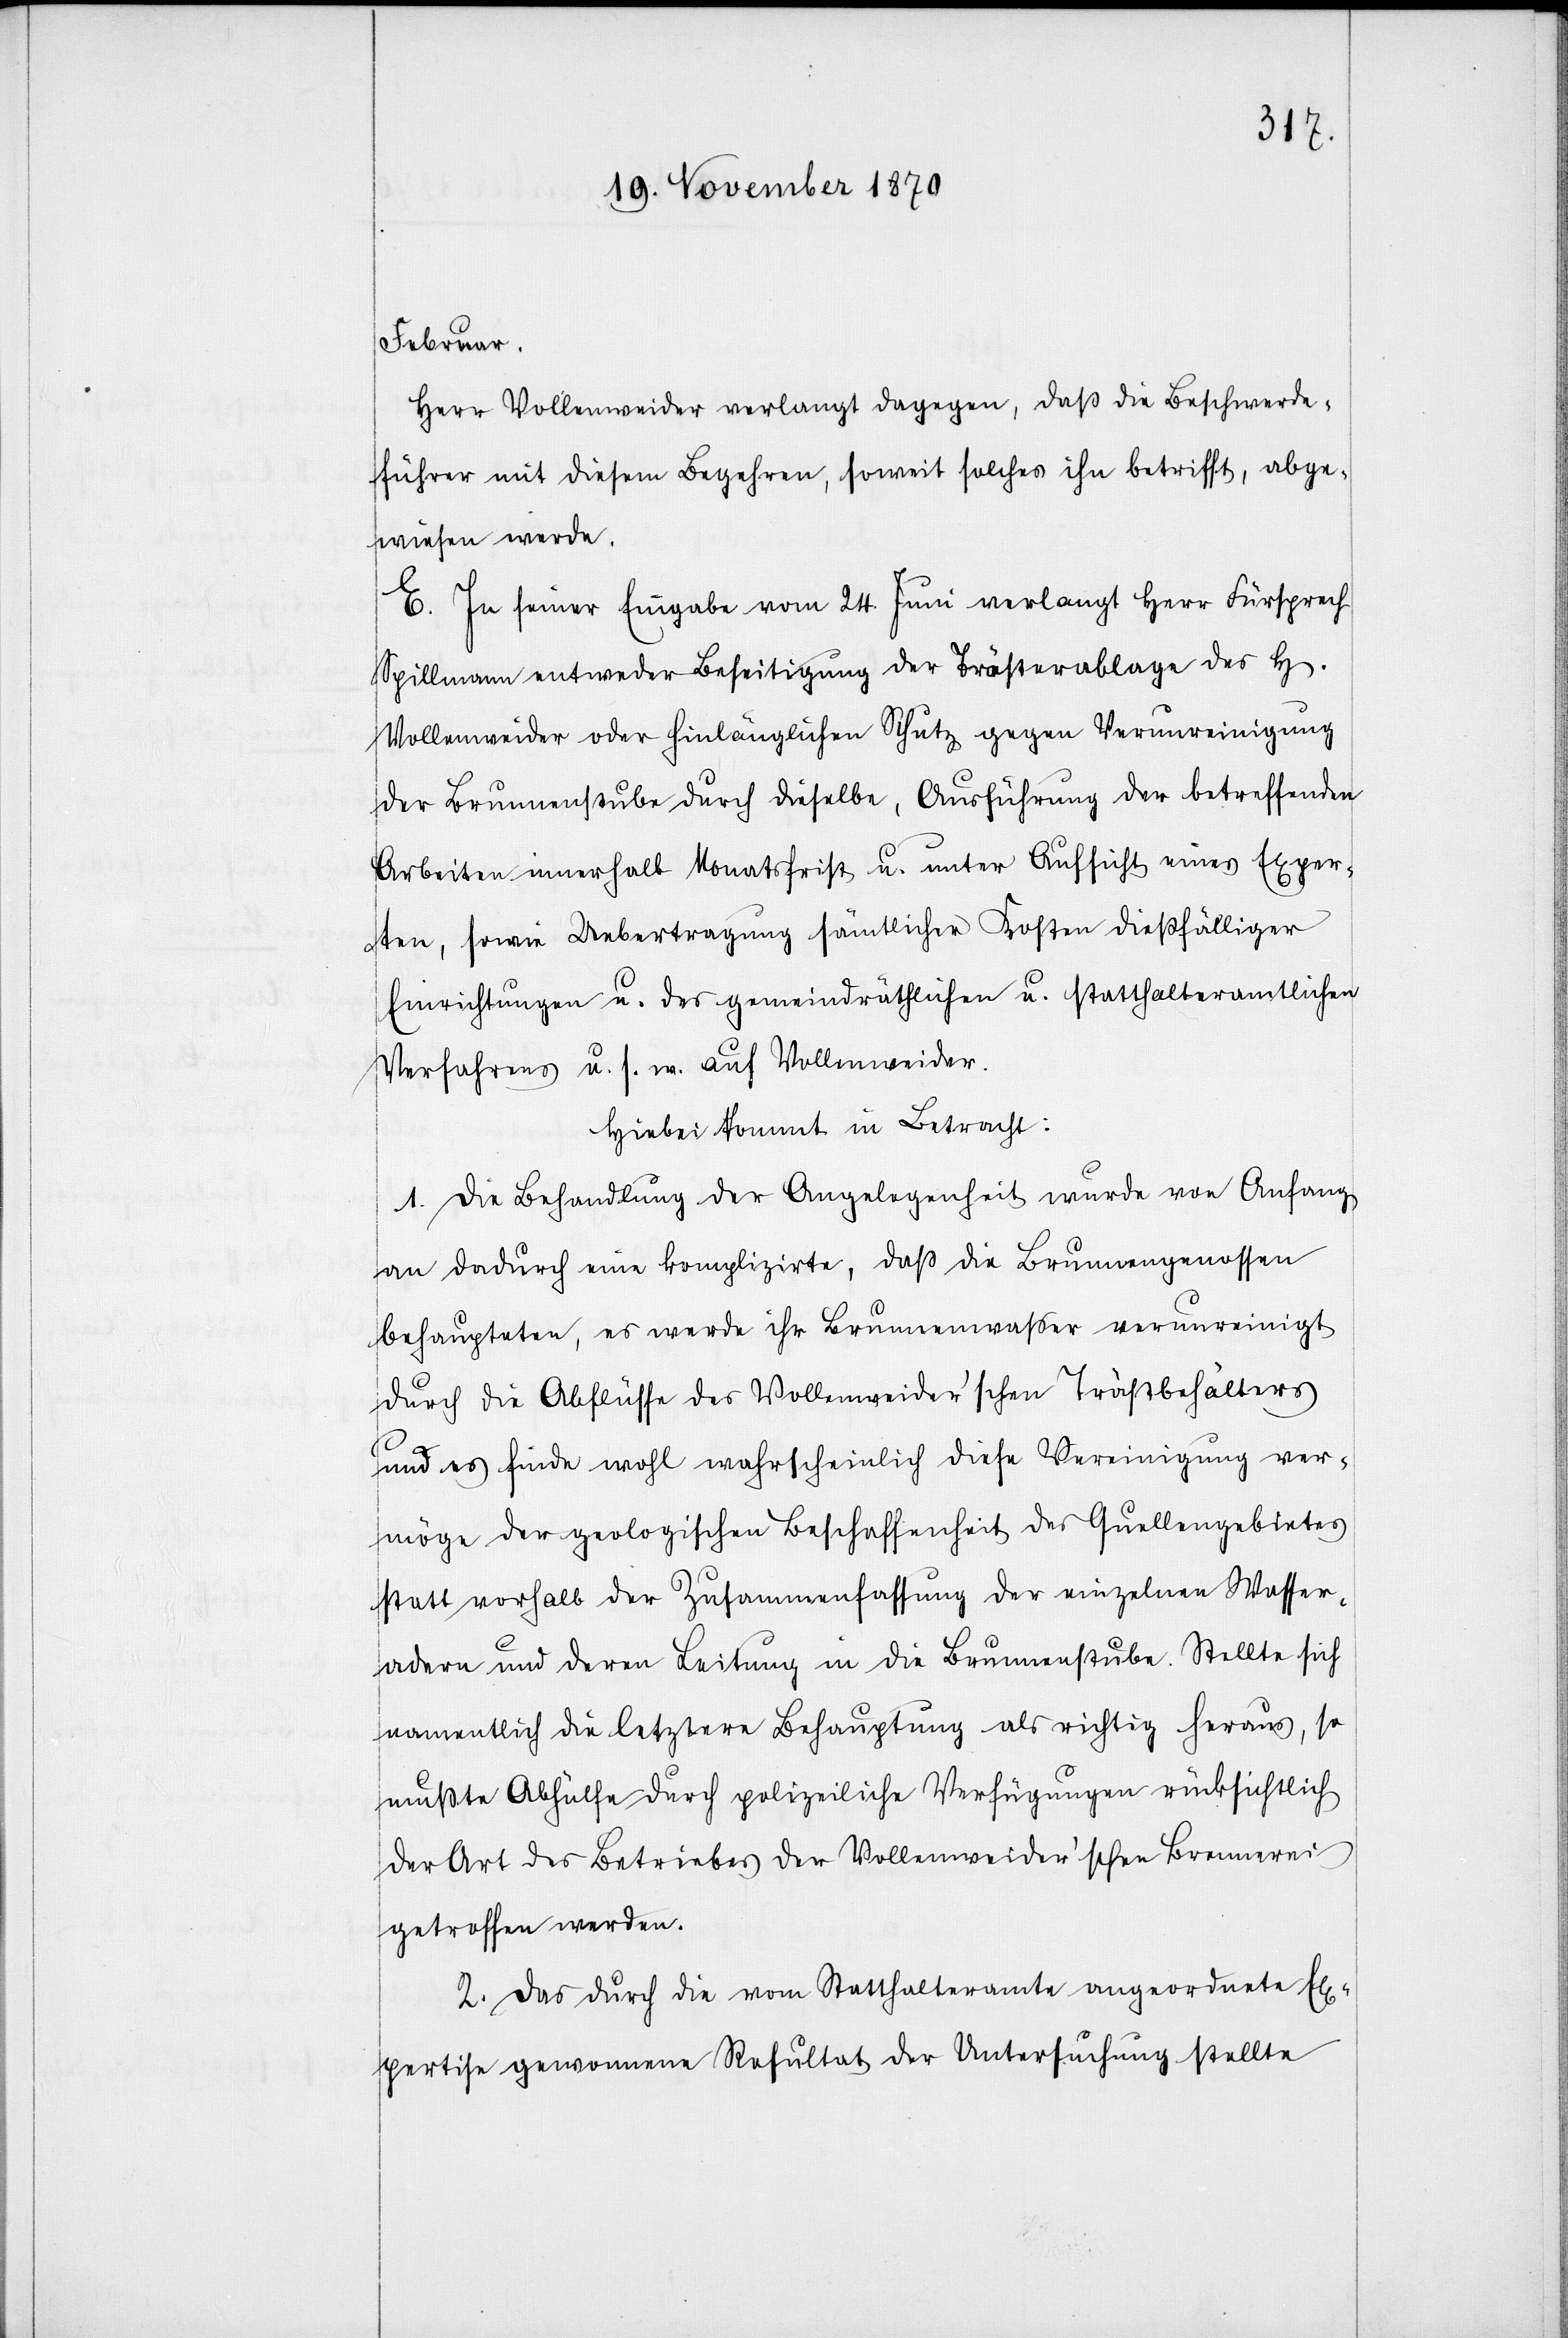
Februar.
Herr Vollenweider verlangt dagegen, daß die Beschwerde¬
führer mit diesem Begehren, soweit solches ihn betrifft, abge¬
wiesen werde.
E. In seiner Eingabe vom 24. Juni verlangt Herr Fürsprech
Spillmann entweder Beseitigung der Trästerablage des H[errn]
Vollenweider oder hinlänglicher Schutz gegen Verunreinigung
der Brunnenstube durch dieselbe, Ausführung der betreffenden
Arbeiten innerhalb Monatsfrist u. unter Aufsicht eines Exper¬
ten, sowie Uebertragung sämtlicher Kosten dießfälliger
Einrichtungen u. des gemeindräthlichen u. statthalteramtlichen
Verfahrens u. s. w. auf Vollenweider.
Hiebei kommt in Betracht:
1. Die Behandlung der Angelegenheit wurde von Anfang
an dadurch eine komplizirte, daß die Brunnengenossen
behaupteten, es werde ihr Brunnenwasser verunreinigt
durch die Abflüsse des Vollenweider’schen Trästbehälters
und es finde wohl wahrscheinlich diese Vereinigung ver¬
möge der geologischen Beschaffenheit des Quellengebietes
statt vorhalb der Zusammenfassung der einzelnen Wasser¬
adern und deren Leitung in die Brunnenstube. Stellte sich
namentlich die letztere Behauptung als richtig heraus, so
mußte Abhülfe durch polizeiliche Verfügungen rücksichtlich
der Art des Betriebes der Vollenweider’scen Brennerei
getroffen werden.
2. Das durch die vom Statthalteramte angeordnete Ex¬
pertise gewonnene Resultat der Untersuchung stellte